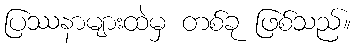
ပြဿနာများထဲမှ တစ်ခု ဖြစ်သည်။